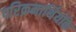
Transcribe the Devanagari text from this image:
परिक्रमार्थियोंके